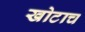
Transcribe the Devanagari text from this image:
खोटाच